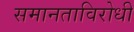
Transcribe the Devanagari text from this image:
समानताविरोधी